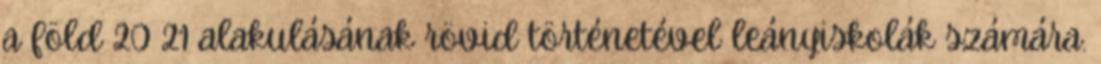
a föld 20 21 alakulásának rövid történetével leányiskolák számára.